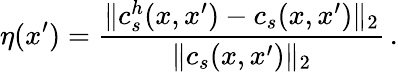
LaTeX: \eta(x^{\prime})=\frac{\| c_{s}^{h}(x,x^{\prime})-c_{s}(x,x^{\prime})\| _{2}}{\| c_{s}(x,x^{\prime})\| _{2}}\, .